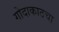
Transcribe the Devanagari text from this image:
गोदाकाठचा